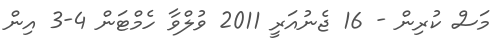
މަސް ކުރިން - 16 ޖެނުއަރީ 2011 ވުލްވާ ހެމްޓަން 4-3 އިން